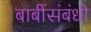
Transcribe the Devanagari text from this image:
बाबींसंबंधी